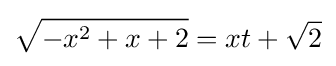
{\sqrt {-x^{2}+x+2}}=xt+{\sqrt {2}}